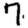
Digit: 7